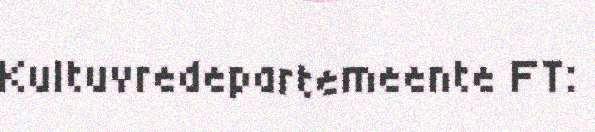
Kultuvredepartemeente FT: